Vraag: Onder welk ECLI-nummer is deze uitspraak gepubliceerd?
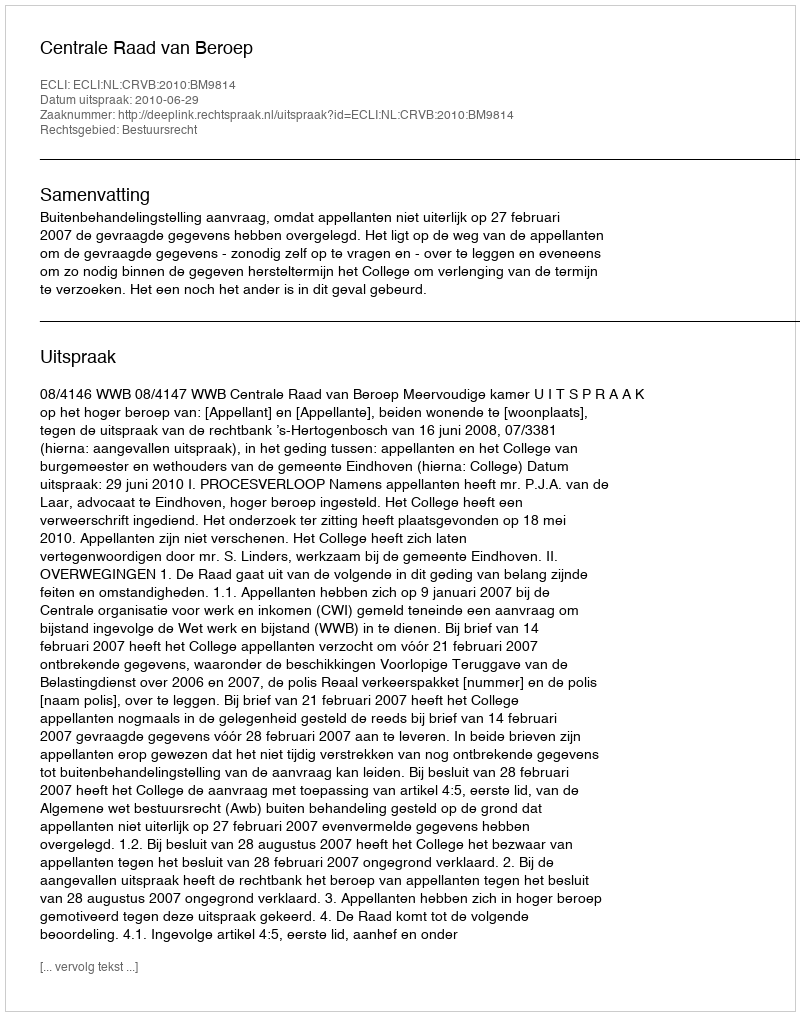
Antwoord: ECLI:NL:CRVB:2010:BM9814